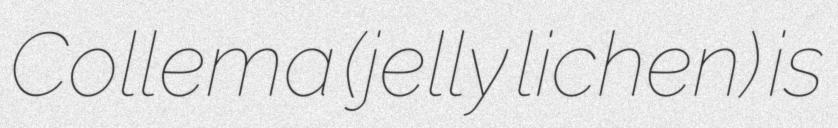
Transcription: Collema (jelly lichen) is